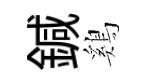
鍼鷄